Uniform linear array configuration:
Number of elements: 48
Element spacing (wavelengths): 0.25
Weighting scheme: uniform
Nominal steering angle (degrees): -45
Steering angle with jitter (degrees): -43.079
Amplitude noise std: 0.05
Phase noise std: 0.05

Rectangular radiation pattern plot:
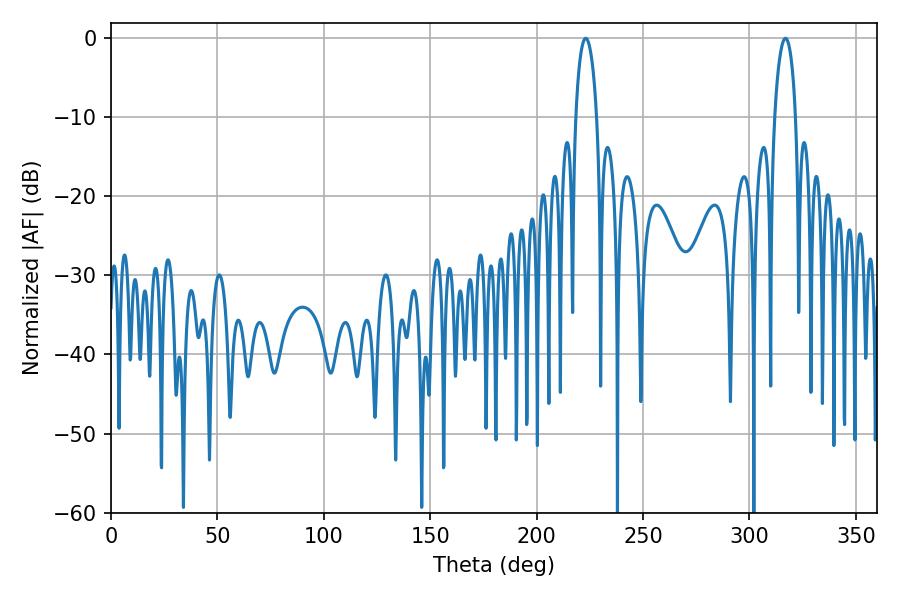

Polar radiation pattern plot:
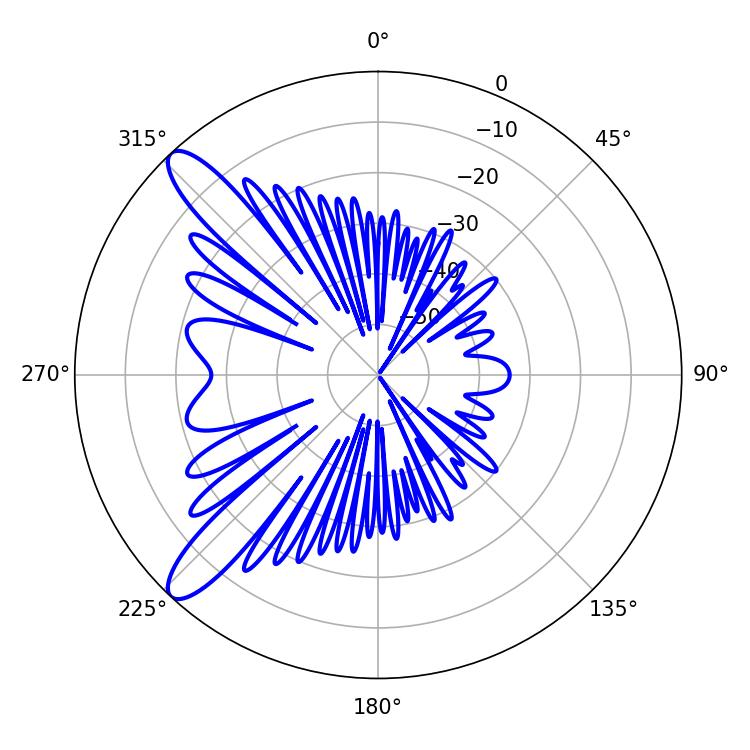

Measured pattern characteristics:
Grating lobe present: FALSE
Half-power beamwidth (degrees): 5.58
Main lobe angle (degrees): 223.02